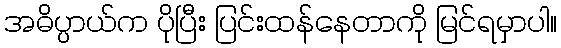
အဓိပ္ပာယ်က ပိုပြီး ပြင်းထန်နေတာကို မြင်ရမှာပါ။